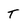
Character: T